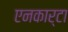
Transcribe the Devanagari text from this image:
एनकार्टा